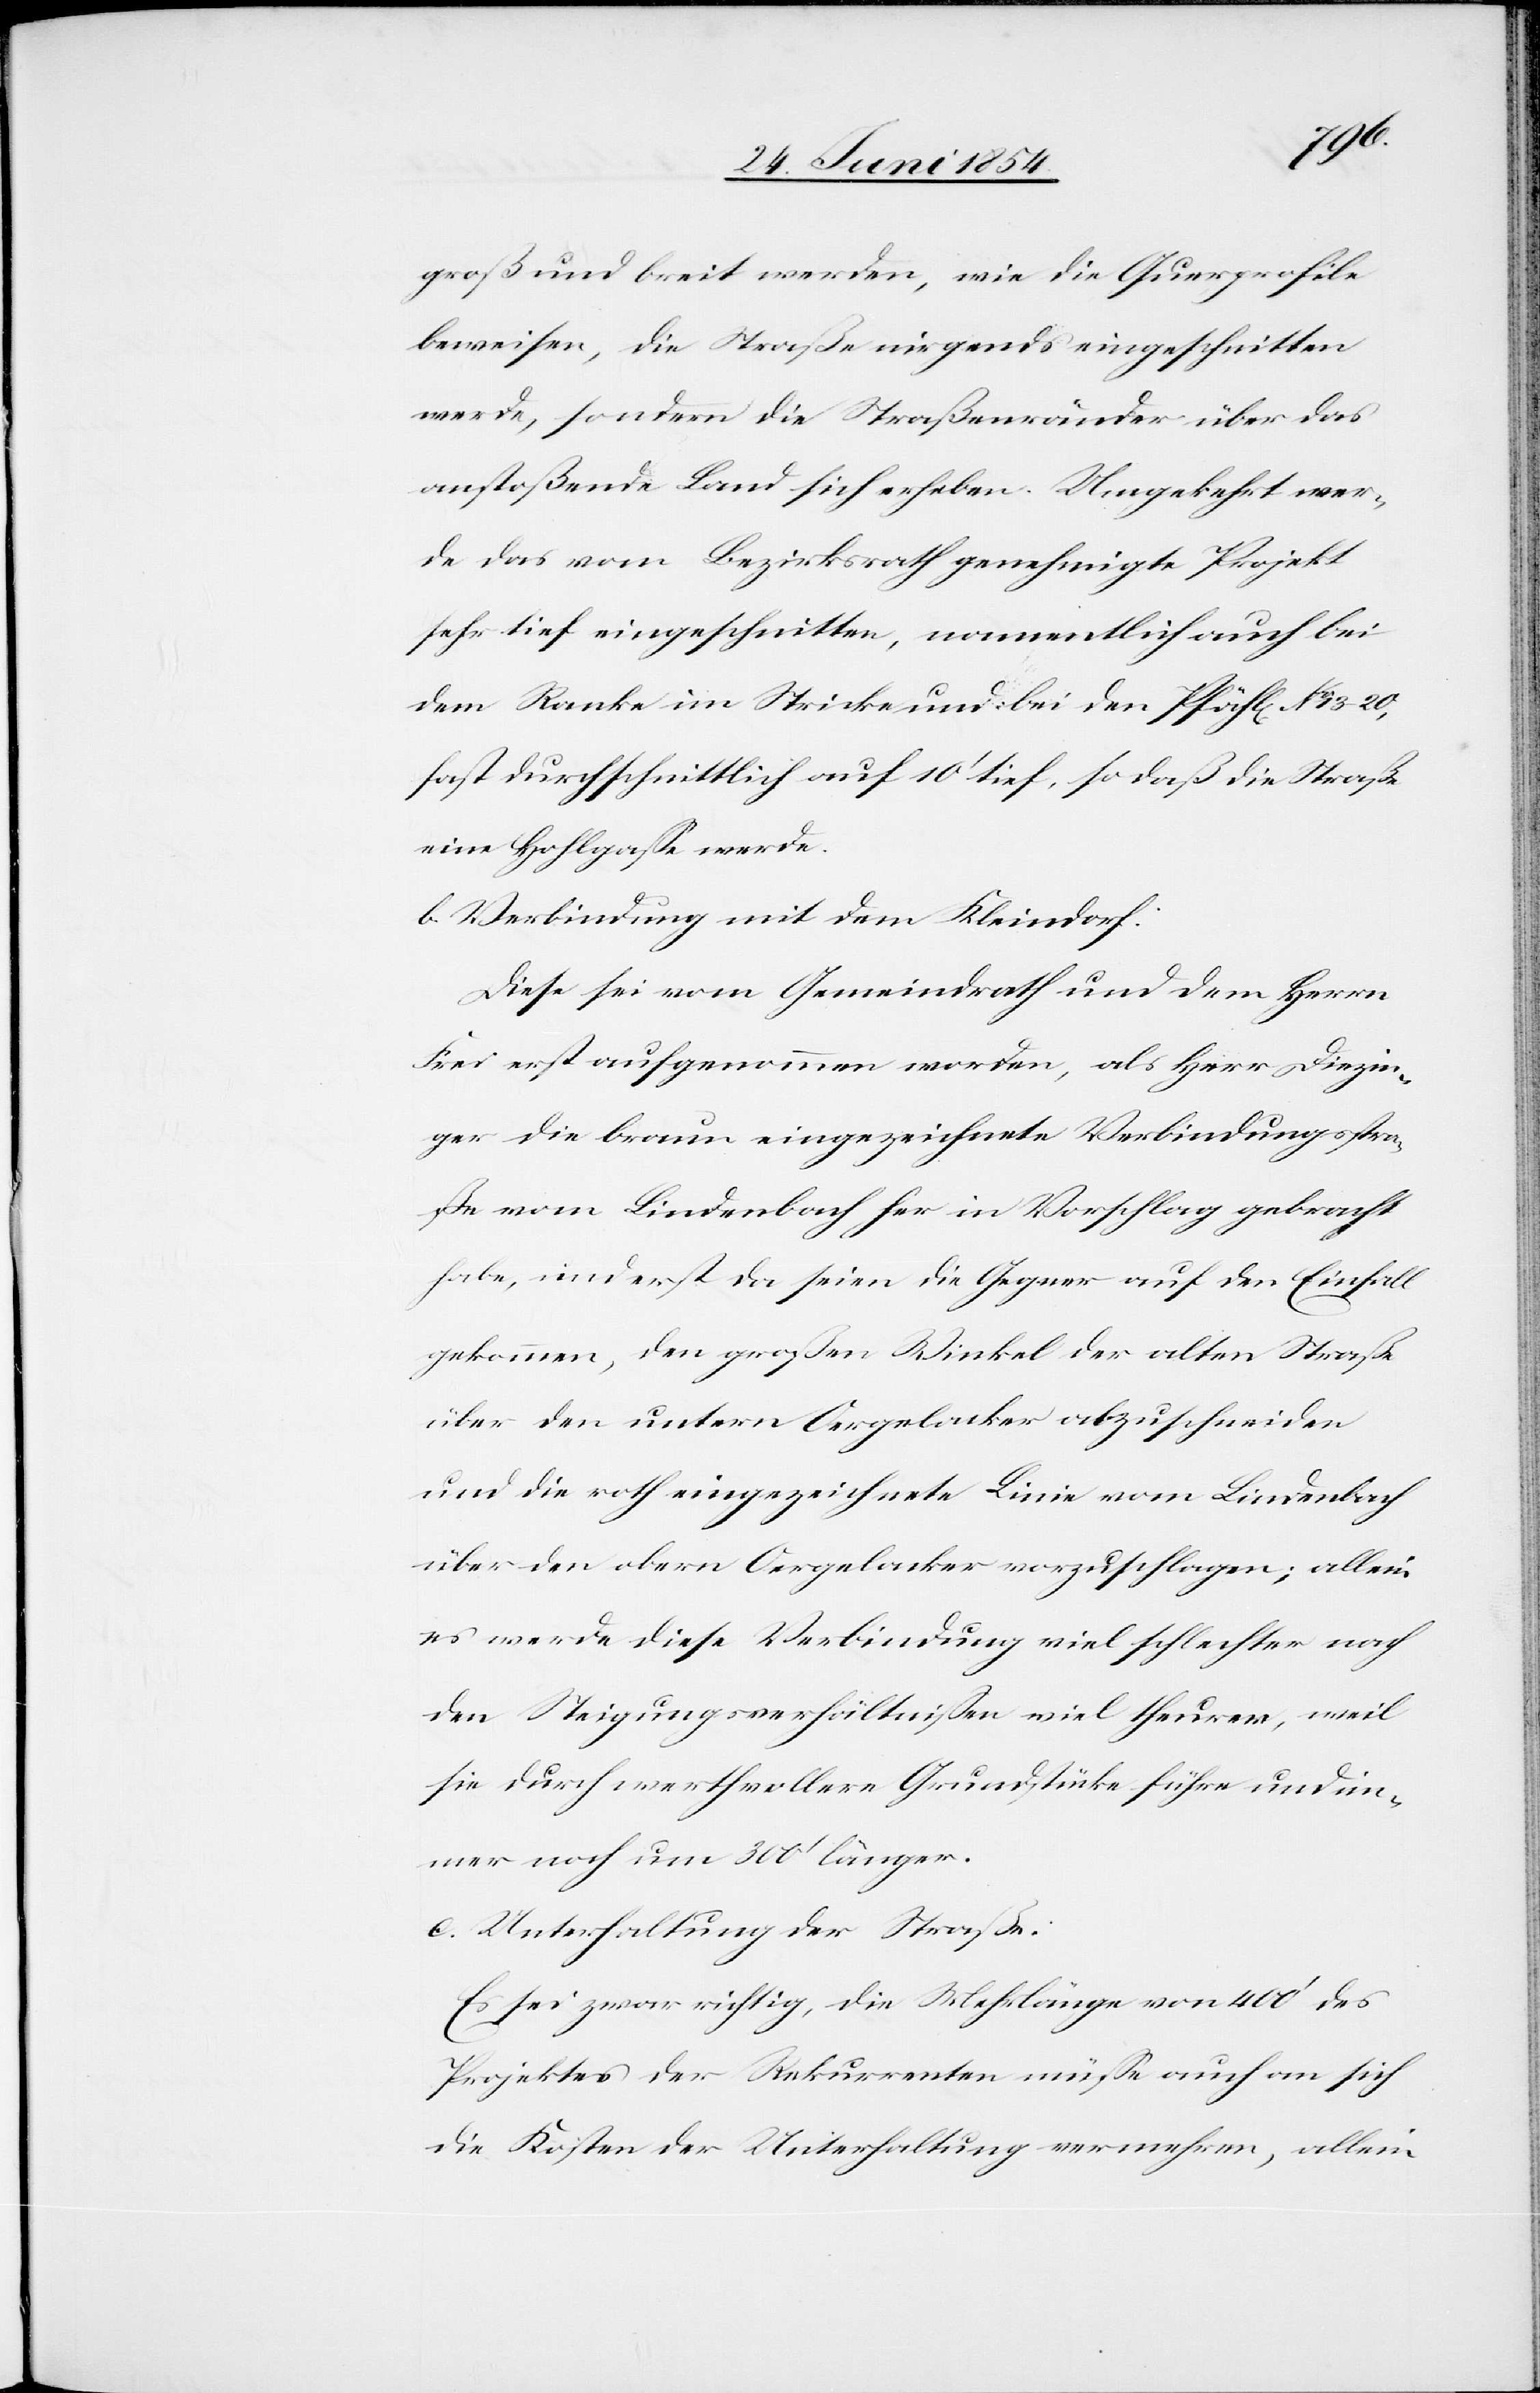
groß und breit werden, wie die Querprofile
beweisen, die Straße nirgends eingeschnitten
werde, sondern die Straßenränder über das
anstoßende Land sich erheben. Umgekehrt wer¬
de das vom Bezirksrath genehmigte Projekt
sehr tief eingeschnitten, namentlich auch bei
dem Ranke im Stricke und bei den Pfähl[en] No 13–20,
fast durchschnittlich auf 10‘ tief, so daß die Straße
eine Hohlgaße werde.
b.[)] Verbindung mit dem Kleindorf:
Diese sei vom Gemeindrath und dem Herrn
Frei erst aufgenommen worden, als Herr Diezin¬
ger die braun eingezeichnete Verbindungsstra¬
ße vom Lindenbach her in Vorschlag gebracht
habe, und erst da seien die Gegner auf den Einfall
gekommen, den großen Winkel der alten Straße
über den untern Oergelacker abzuschneiden
und die roth eingezeichnete Linie vom Lindenbach
über den obern Oergelacker vorzuschlagen; allein
es werde diese Verbindung viel schlechter nach
den Steigungsverhältnißen viel theurer, weil
sie durch werthvollere Grundstücke führe und im¬
mer noch um 300‘ länger
c.[)] Unterhaltung der Straße:
Es sei zwar richtig, die Mehrlänge von 400‘ des
Projektes der Rekurrenten müße auch an sich
die Kosten der Unterhaltung vermehren, allein